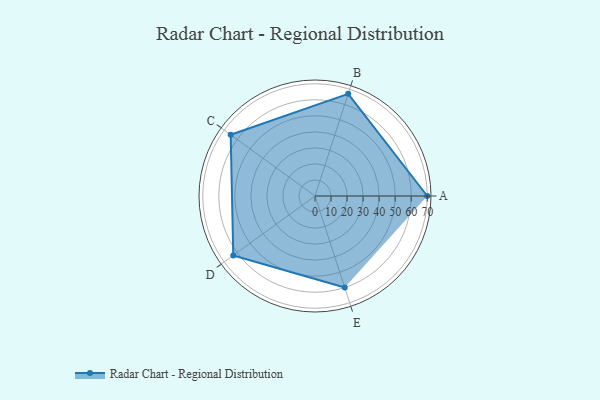
{"axis": {"x": "Skill", "y": "Score"}, "legend": ["Profile"], "data": [{"x": "A", "y": 70.0, "type": "Profile"}, {"x": "B", "y": 67.0, "type": "Profile"}, {"x": "C", "y": 65.0, "type": "Profile"}, {"x": "D", "y": 63.0, "type": "Profile"}, {"x": "E", "y": 60.0, "type": "Profile"}]}